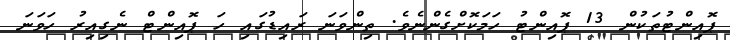
ޕޮއިންޓުތަކުން 13 ޕޮއިންޓު ހަމަކޮށްގެންނެވެ. ތިންވަނަ ރައިޑުގައި ހަ ޕޮއިންޓް ނެގިއިރު ހަވަނަ